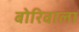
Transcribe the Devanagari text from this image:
बोरिवाला